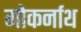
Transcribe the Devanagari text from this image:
गोकर्नाथ